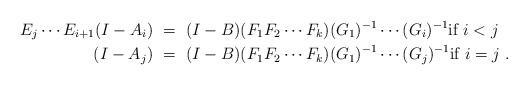
LaTeX: \begin{align*} E_j\cdots E_{i+1} (I-A_{i})\ &= \ (I-B)(F_1F_2\cdots F_k) (G_1)^{-1}\cdots (G_i)^{-1} \textnormal{if } i<j \\ (I-A_{j})\ &= \ (I-B)(F_1F_2\cdots F_k) (G_1)^{-1}\cdots (G_j)^{-1} \textnormal{if } i=j \ .\end{align*}